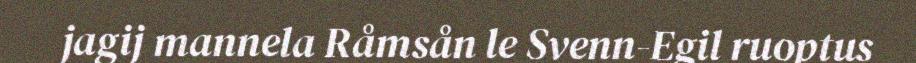
jagij mannela Råmsån le Svenn-Egil ruoptus